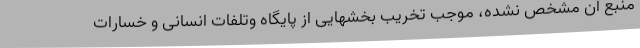
منبع آن مشخص نشده، موجب تخریب بخشهایی از پایگاه وتلفات انسانی و خسارات